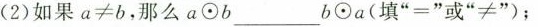
(2)如果$$a ≠ b$$，那么$$a ⊙ b___b ⊙ a$$(填“=”或“≠”)；